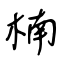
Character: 楠